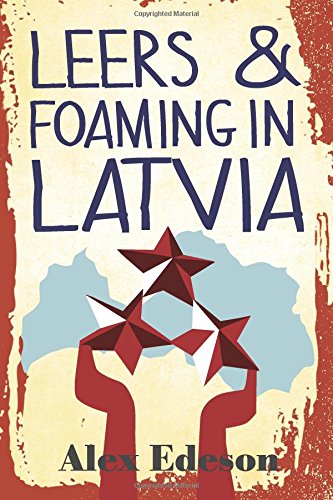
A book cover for Leers and Foaming in Latvia; Alex Edeson; Travel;